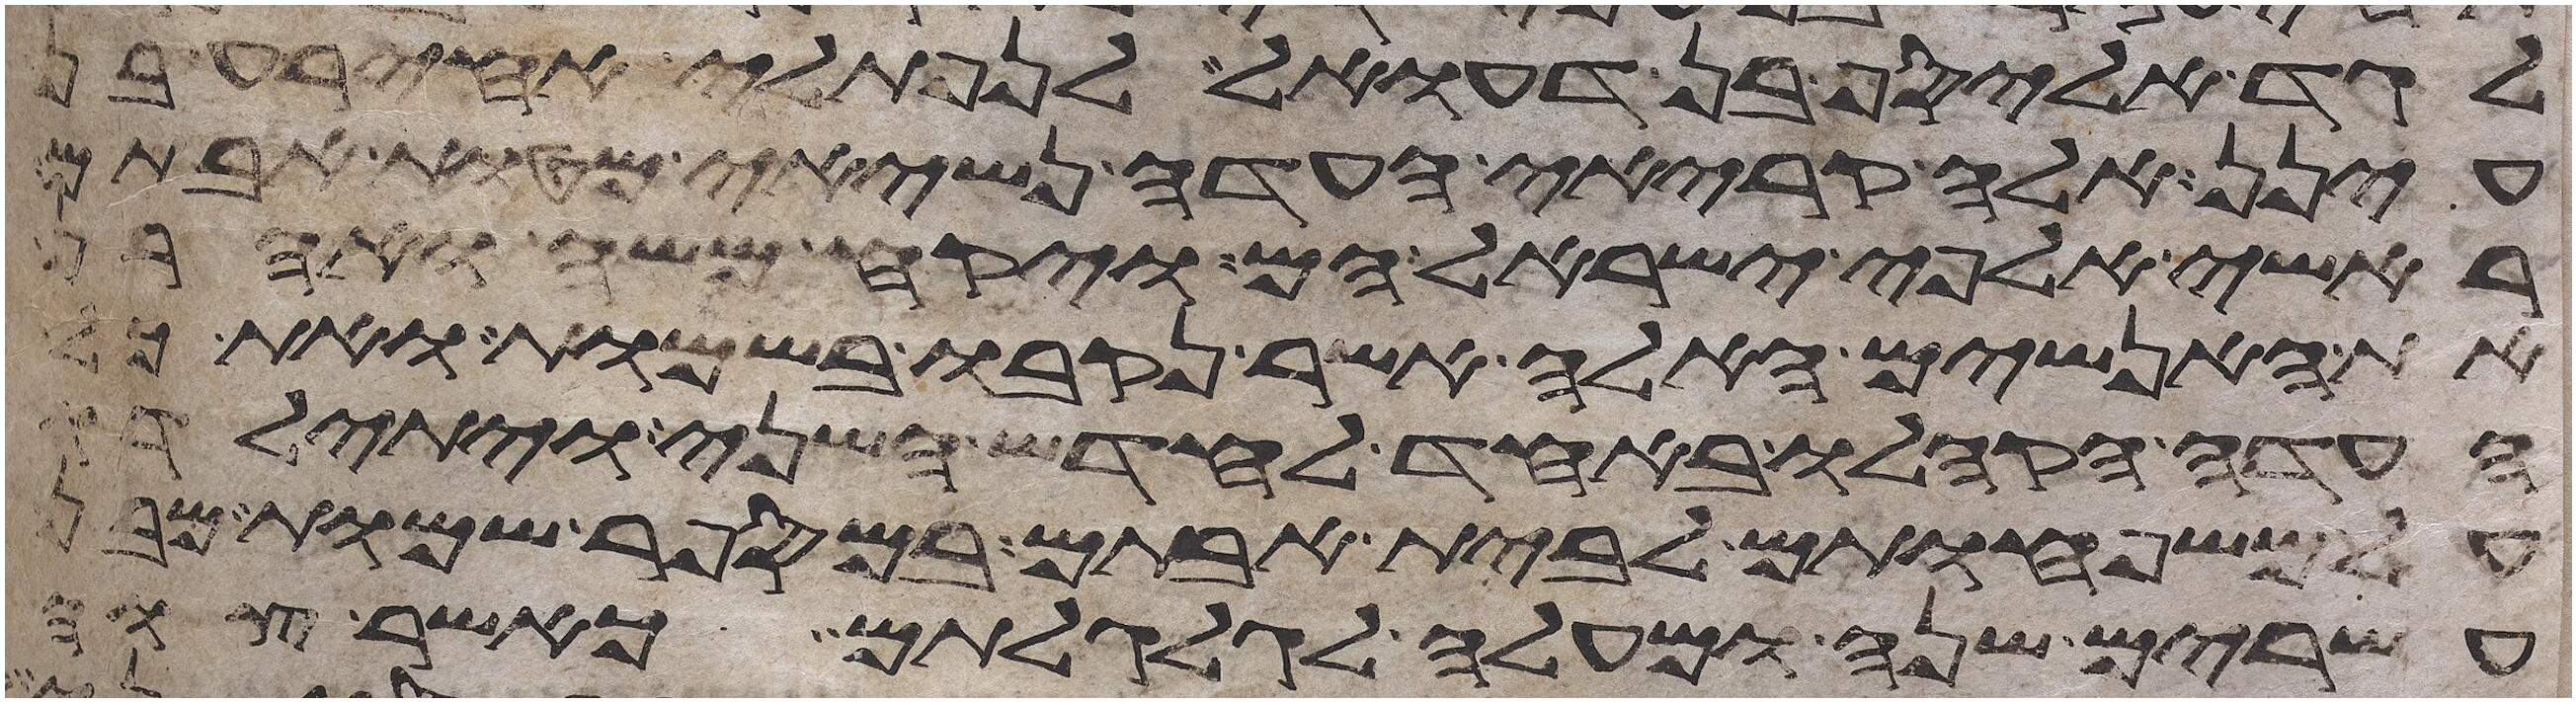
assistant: לגד אליסף בן דעואל לנפתלי אחירע בן
עינן אלה קריאי העדה נשיאי מטות אבותם
ראשי אלפי ישראל הם ויקח משה ואהרן
את האנשים האלה אשר נקבו בשמות ואת כל
העדה הקהלו באחד לחדש השני ויתילדו
על משפחותם לבית אבותם במספר שמות מבן
עשרים שנה ומעלה לגלגלותם כאשר צוה